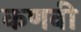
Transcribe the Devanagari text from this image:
कणवी